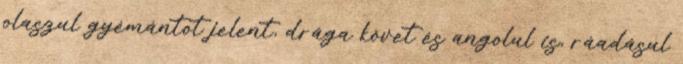
olaszul gyémántot jelent, drága követ és angolul is, ráadásul